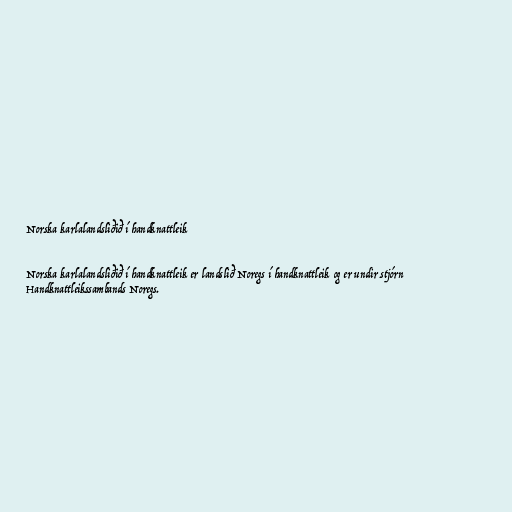
Norska karlalandsliðið í handknattleik

Norska karlalandsliðið í handknattleik er landslið Noregs í handknattleik og er undir stjórn
Handknattleikssambands Noregs.